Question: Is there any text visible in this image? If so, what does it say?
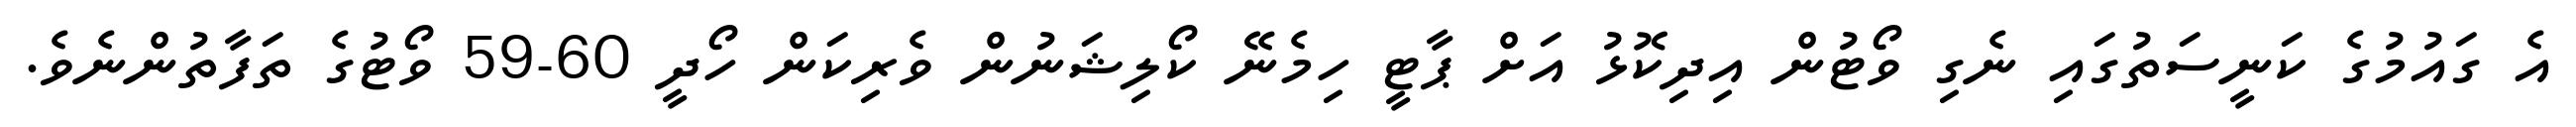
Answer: އެ ގައުމުގެ ކަނީސަތުގައި ނެގި ވޯޓުން އިދިކޮޅު އަށް ޕާޓީ ހިމެނޭ ކޯލިޝަނުން ވެރިކަން ހޯދީ 60-59 ވޯޓުގެ ތަފާތުންނެވެ.